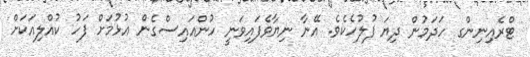
ޓްރެއިނިންގ ހަދަމުން ދިޔަ ފުލުހެކެވެ. އޭނާ ނިޔާވެފައިވަނީ ހުންއައިސްގެން އުޅުމަށް ފަހު ކުއްލިއަކަށް